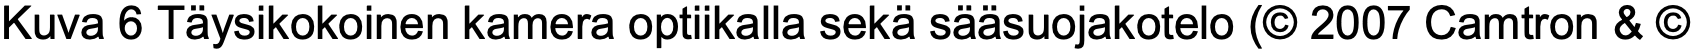
Kuva 6 Täysikokoinen kamera optiikalla sekä sääsuojakotelo (© 2007 Camtron & ©